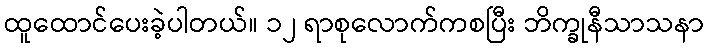
ထူထောင်ပေးခဲ့ပါတယ်။ ၁၂ ရာစုလောက်ကစပြီး ဘိက္ခုနီသာသနာ